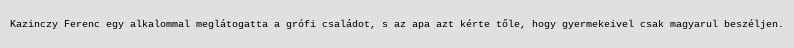
Kazinczy Ferenc egy alkalommal meglátogatta a grófi családot, s az apa azt kérte tőle, hogy gyermekeivel csak magyarul beszéljen.